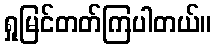
ရှုမြင်တတ်ကြပါတယ်။